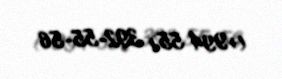
(+994 55) 392-55-56